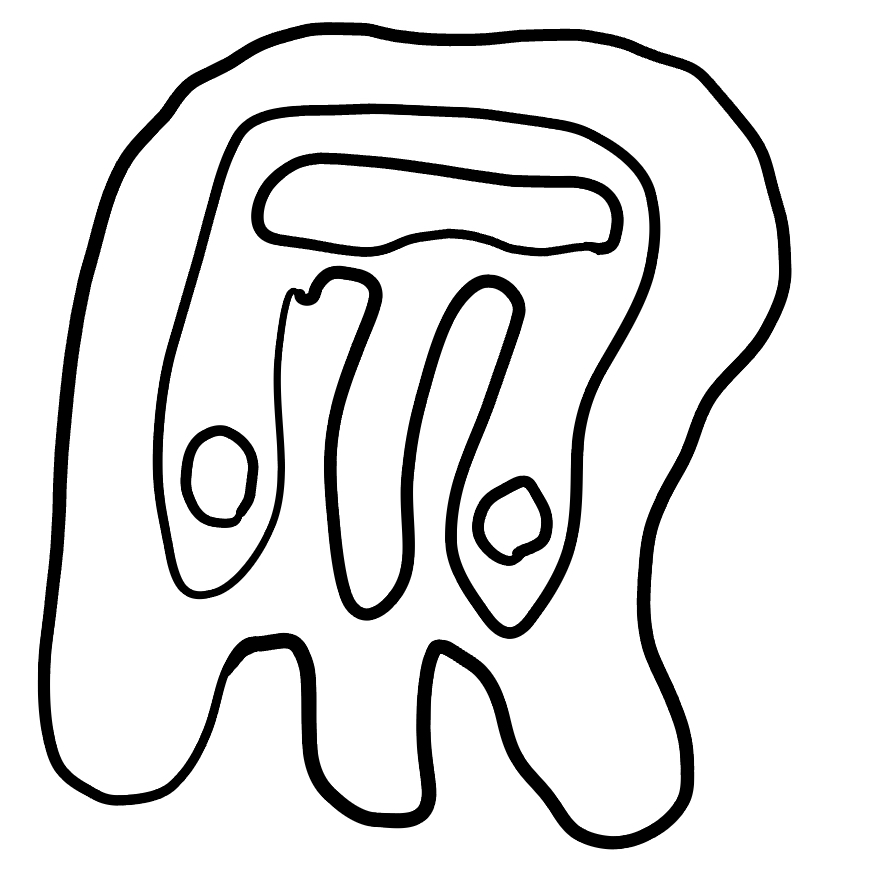
Number of regions (including the outer root region): 6
Containment tree edges (parent, child): 0, 1, 1, 2, 2, 3, 2, 4, 2, 5